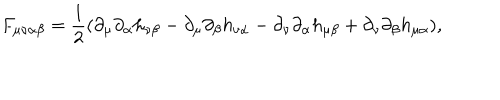
F _ { \mu \nu \alpha \beta } = \frac 1 2 ( \partial _ { \mu } \partial _ { \alpha } h _ { \nu \beta } - \partial _ { \mu } \partial _ { \beta } h _ { \nu \alpha } - \partial _ { \nu } \partial _ { \alpha } h _ { \mu \beta } + \partial _ { \nu } \partial _ { \beta } h _ { \mu \alpha } ) ,